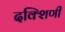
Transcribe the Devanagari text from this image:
दक्शिणी